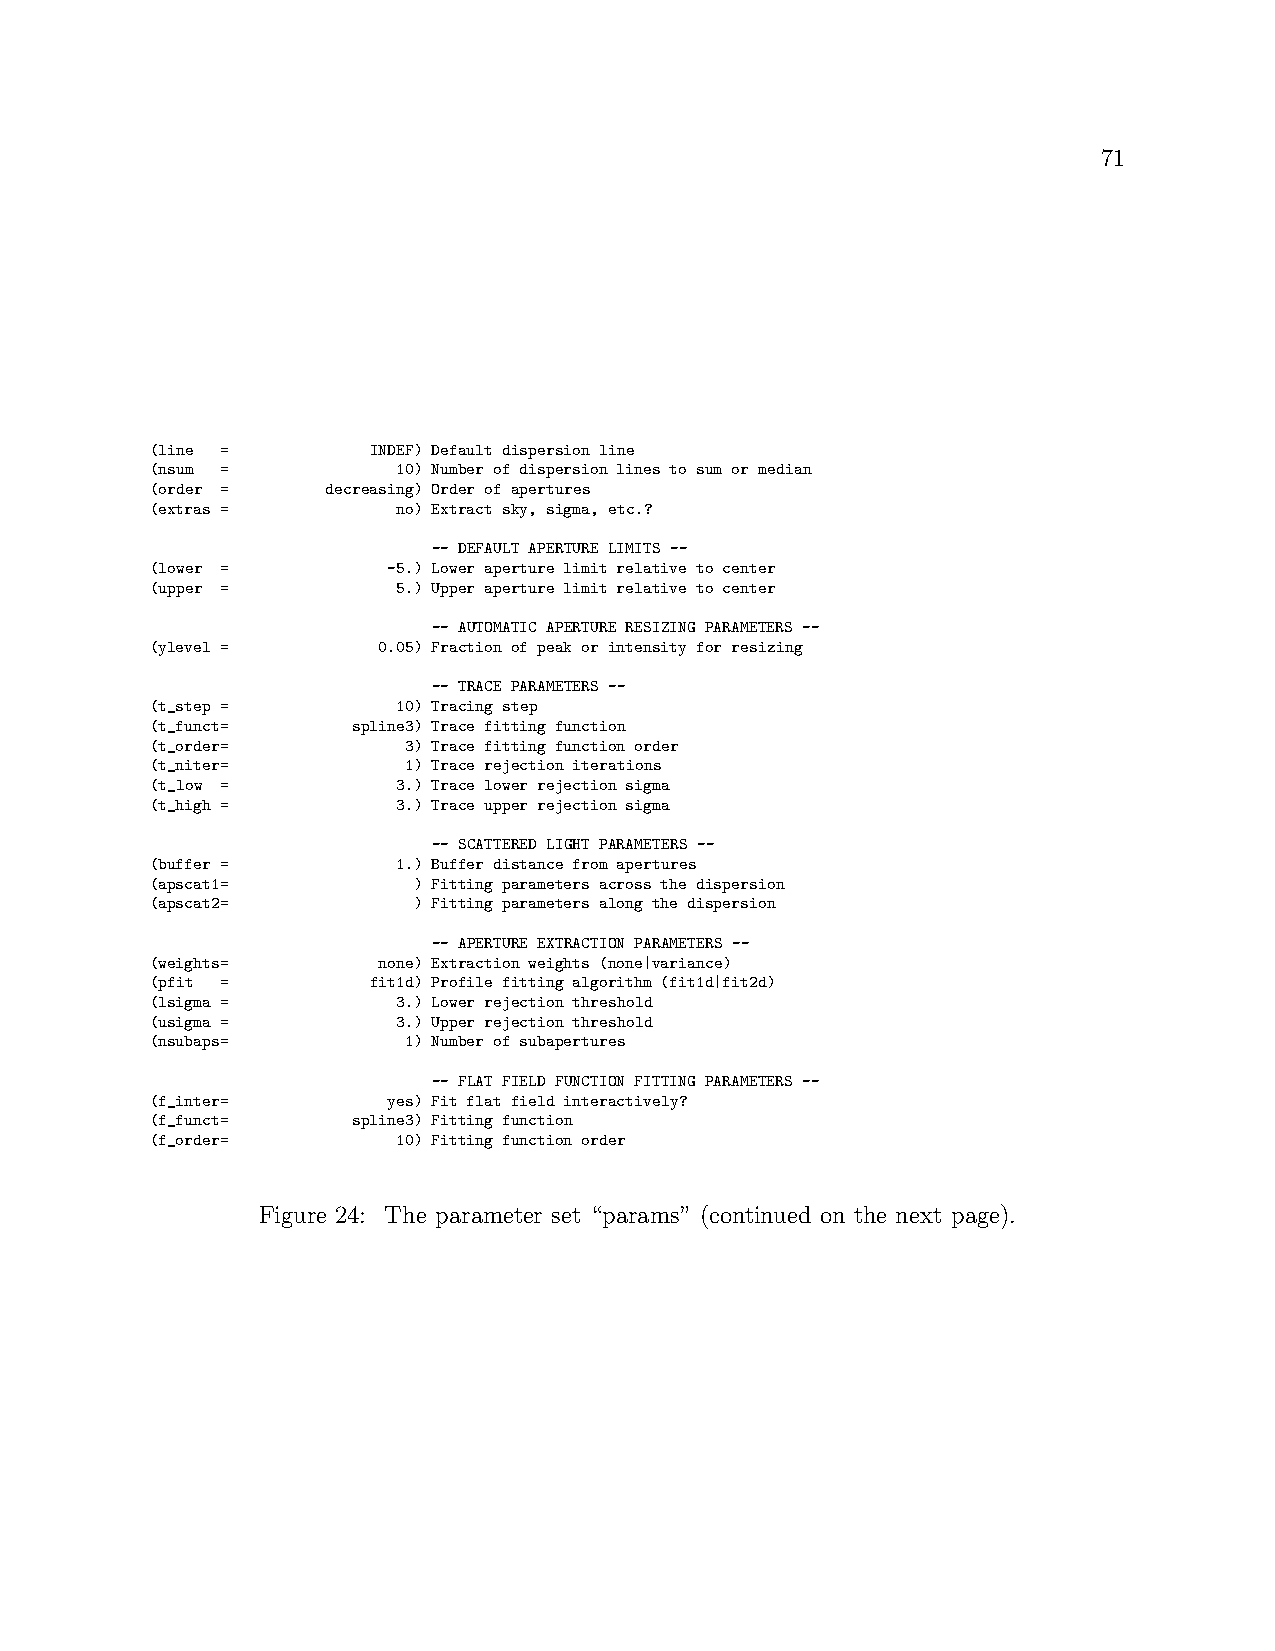
71
 (line =        INDEF) Default dispersion line
 (nsum =         10) Number of dispersion lines to sum or median
 (order =    decreasing) Order of apertures
 (extras =       no) Extract sky, sigma, etc.?
 -- DEFAULT APERTURE LIMITS --
 (lower =        -5.) Lower aperture limit relative to center
 (upper =        5.) Upper aperture limit relative to center
 -- AUTOMATIC APERTURE RESIZING PARAMETERS --
 (ylevel =      0.05) Fraction of peak or intensity for resizing
 -- TRACE PARAMETERS --
 (t_step =       10) Tracing step
 (t_funct=    spline3) Trace fitting function
 (t_order=        3) Trace fitting function order
 (t_niter=        1) Trace rejection iterations
 (t_low =        3.) Trace lower rejection sigma
 (t_high =       3.) Trace upper rejection sigma
 -- SCATTERED LIGHT PARAMETERS --
 (buffer =       1.) Buffer distance from apertures
 (apscat1=        ) Fitting parameters across the dispersion
 (apscat2=        ) Fitting parameters along the dispersion
 -- APERTURE EXTRACTION PARAMETERS --
 (weights=      none) Extraction weights (none|variance)
 (pfit =        fit1d) Profile fitting algorithm (fit1d|fit2d)
 (lsigma =       3.) Lower rejection threshold
 (usigma =       3.) Upper rejection threshold
 (nsubaps=        1) Number of subapertures
 -- FLAT FIELD FUNCTION FITTING PARAMETERS --
 (f_inter=       yes) Fit flat field interactively?
 (f_funct=    spline3) Fitting function
 (f_order=       10) Fitting function order
 Figure 24: The parameter set “params” (continued on the next page).